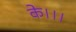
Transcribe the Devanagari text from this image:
के।।।